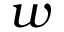
w